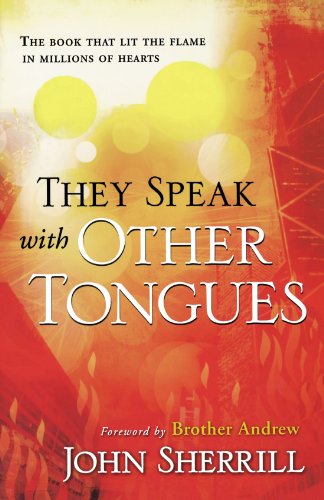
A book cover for They Speak with Other Tongues; John L. Sherrill; Christian Books & Bibles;